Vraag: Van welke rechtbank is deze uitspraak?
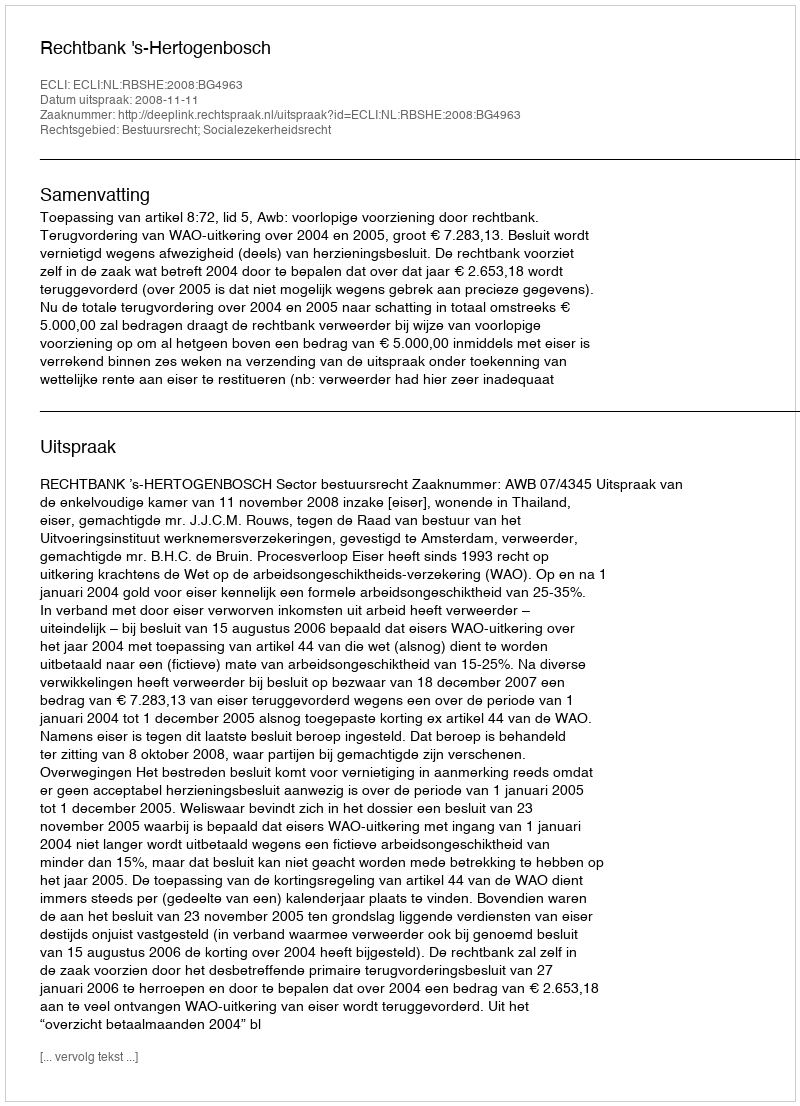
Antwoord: Rechtbank 's-Hertogenbosch